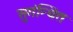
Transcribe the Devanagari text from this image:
सुगंन्‍धित